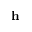
\mathbf { h }